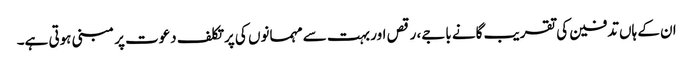
ان کے ہاں تدفین کی تقریب گانے باجے، رقص اور بہت سے مہمانوں کی پرتکلف دعوت پر مبنی ہوتی ہے۔